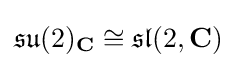
{\mathfrak {su}}(2)_{\mathbf {C} }\cong {\mathfrak {sl}}(2,\mathbf {C} )